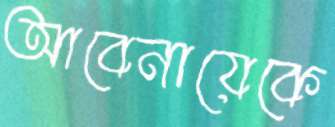
আবেনায়েকে